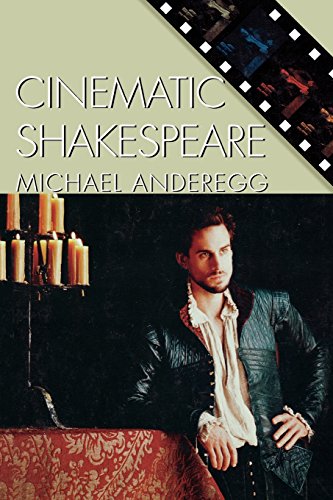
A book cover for Cinematic Shakespeare (Genre and Beyond: A Film Studies Series); Michael Anderegg; Humor & Entertainment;